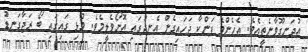
އުދަނގޫވާނެތީއެވެ. އެހެންވެ ފަންކާ ޖަހައިގެން އެނދުގައި އޮށޯވެލީމެވެ. މުޅި ގައިގައި ބޯ ރަޖާގަނޑު